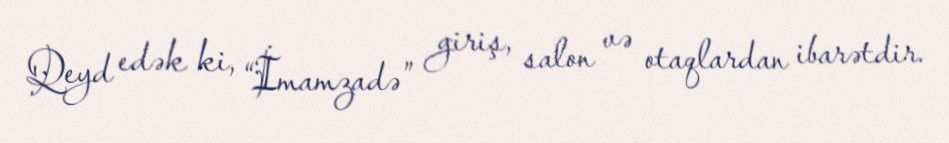
Qeyd edək ki, “İmamzadə” giriş, salon və otaqlardan ibarətdir.